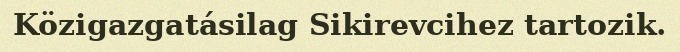
Közigazgatásilag Sikirevcihez tartozik.